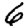
Digit: 6